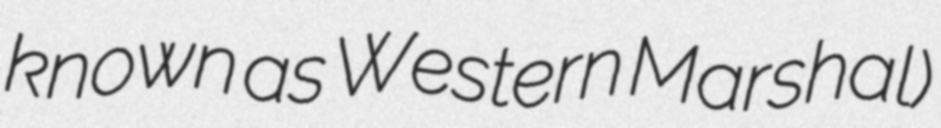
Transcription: known as Western Marshal)